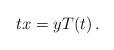
LaTeX: \begin{align*}tx=y T(t)\,.\end{align*}